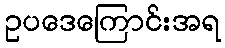
ဥပဒေကြောင်းအရ